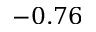
- 0 . 7 6